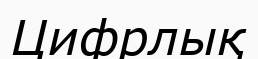
Цифрлық